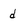
Character: d